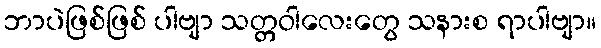
ဘာပဲဖြစ်ဖြစ် ပါဗျာ သတ္တဝါလေးတွေ သနားစ ရာပါဗျာ။